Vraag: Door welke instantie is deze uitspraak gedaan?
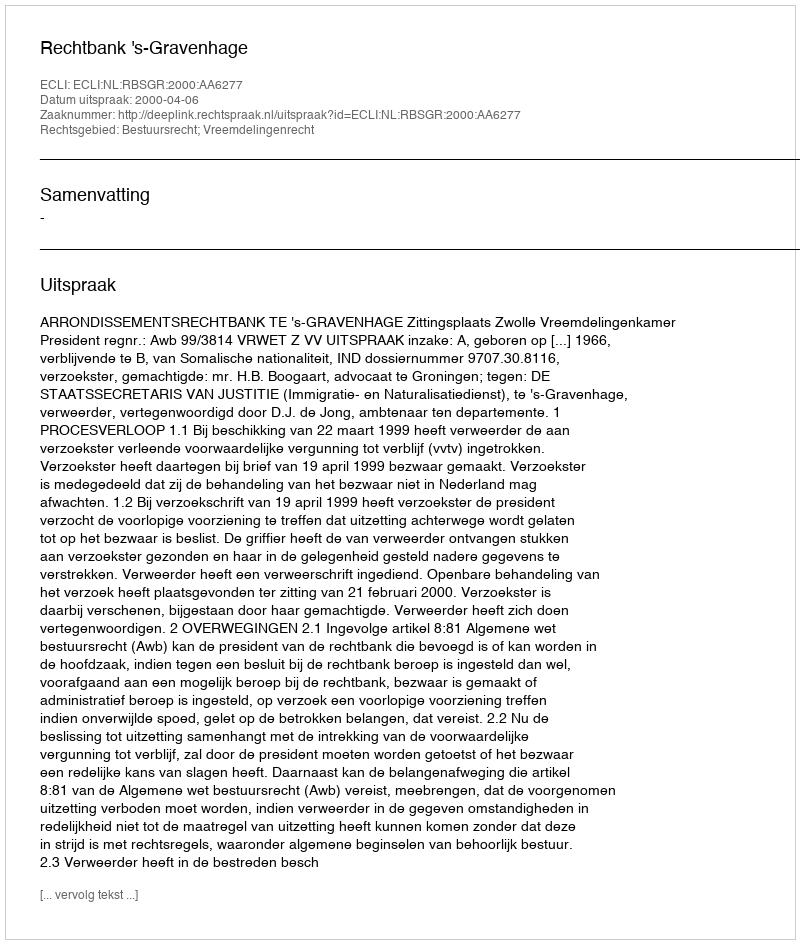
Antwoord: Rechtbank 's-Gravenhage